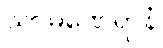
သာမဏေရာနံ